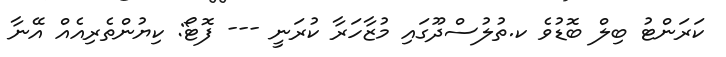
ކަރަންޓު ބިލް ބޮޑުވެ ކ.ތުލުސްދޫގައި މުޒާހަރާ ކުރަނީ --- ފޮޓޯ: ކިޔުންތެރިއެއް އޭނާ